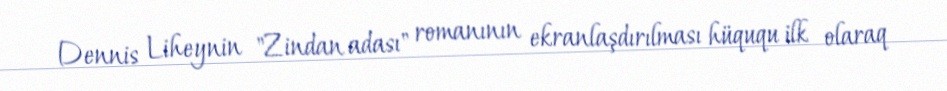
Dennis Liheynin "Zindan adası" romanının ekranlaşdırılması hüququ ilk olaraq